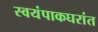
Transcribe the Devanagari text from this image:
स्वयंपाकघरांत